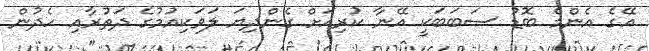
އޭގެ އެންމެ ބޮޑު ސަބަބަކީ އޭނާ ކުރިއަށް ގެންދިޔަ ލަވަކިއުމުގެ ދަތުރާއި ހެދުން